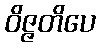
ဝိဇ္ဇတိပေ